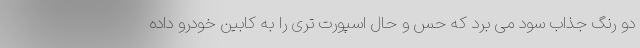
دو رنگ جذاب سود می برد که حس و حال اسپورت تری را به کابین خودرو داده